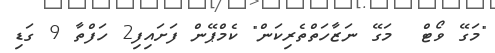
"މަގޭ ވޯޓް  މަގޭ ނަޒާހަތްތެރިކަން" ކެމްޕޭން ފަށައިފި2 ހަފްތާ 9 ގަޑި